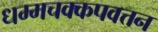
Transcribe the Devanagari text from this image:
धम्मचक्कपवत्तन